Vaccination North-Western Provinces and Oudh 1878-1895 - 1878-1895
Year: 1878
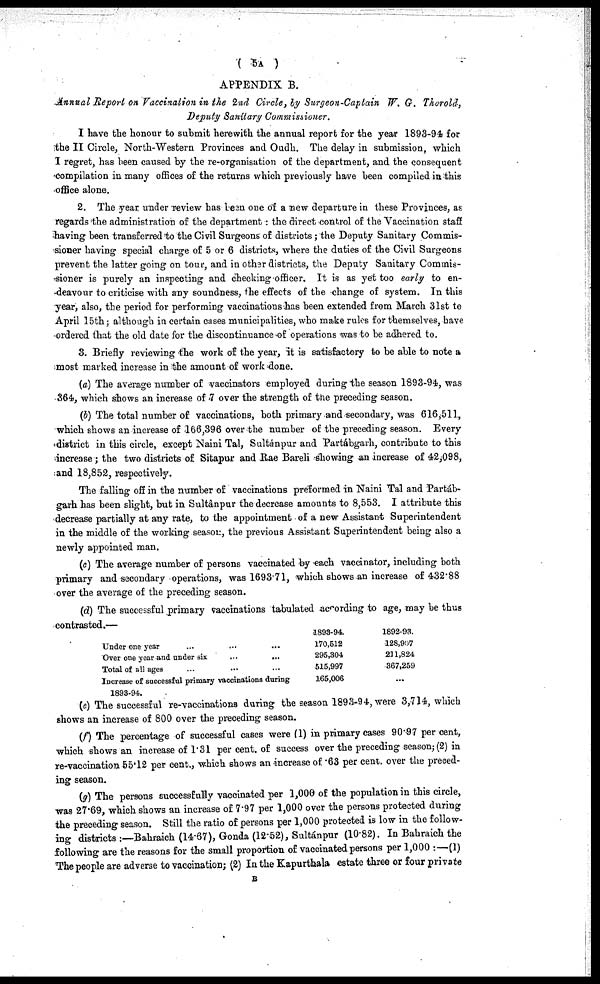
( 5A )
APPENDIX B.
Annual Report on Vaccination in the 2nd Circle, by Surgeon-Captain W. G. Thorold,
Deputy Sanitary Commissioner.
I have the honour to submit herewith the annual report for the year 1893-94 for
the II Circle, North-Western Provinces and Oudh. The delay in submission, which
I regret, has been caused by the re-organisation of the department, and the consequent
compilation in many offices of the returns which previously have been compiled in this
office alone.
2. The year under review has been one of a new departure in these Provinces, as
regards the administration of the department : the direct control of the Vaccination staff
having been transferred to the Civil Surgeons of districts; the Deputy Sanitary Commis-
sioner having special charge of 5 or 6 districts, where the duties of the Civil Surgeons
prevent the latter going on tour., and in other districts, the Deputy Sanitary Commis-
sioner is purely an inspecting and checking officer. It is as yet too early to en-
deavour to criticise with any soundness, the effects of the change of system. In this
year, also, the period for performing vaccinations has been extended from March 31st to
April 15th; although in certain cases municipalities, who make rules for themselves, have
ordered that the old date for the discontinuance of operations was to be adhered to.
3. Briefly reviewing the work of the year, it is satisfactory to be able to note a
most marked increase in the amount of work done.
(a) The average number of vaccinators employed during the season 1893-94, was
364, which shows an increase of 7 over the strength of the preceding season.
(b) The total number of vaccinations, both primary and secondary, was 616,511,
which shows an increase of 166,396 over the number of the preceding season. Every
district in this circle, except Naini Tal, Sultánpur and Partábgarh, contribute to this
increase; the two districts of Sitapur and Rae Bareli showing an increase of 42,098,
and 18,852, respectively.
The falling off in the number of vaccinations preformed in Naini Tal and Partáb-
garh has been slight, but in Sultânpur the decrease amounts to 8,553. I attribute this
decrease partially at any rate, to the appointment of a new Assistant Superintendent
in the middle of the working season, the previous Assistant Superintendent being also a
newly appointed man.
(c) The average number of persons vaccinated by each vaccinator, including both
primary and secondary operations, was 1693.71, which shows an increase of 432.88
over the average of the preceding season.
(d) The successful primary vaccinations tabulated according to age, may be thus
contrasted.—
Under one year
...
...
Over one year and under six
...
...
Total of all ages
Increase of successful primary vaccinations during
1893-94.
1893-94.
170,512
295,304
515,997
165,006
1892-93.
128,907
211,824
367,259
...
(e) The successful re-vaccinations during the season 1893-94, were 3,714, which
shows an increase of 800 over the preceding season.
(f) The percentage of successful cases were (1) in primary cases 90.97 per cent,
which shows an increase of 1.31 per cent. of success over the preceding season; (2) in
re-vaccination 55.12 per cent., which shows an increase of. .63 per cent. over the preced-
ing season.
(g) The persons successfully vaccinated per 1,000 of the population in this circle,
was 27.69, which shows an increase of 7.97 per 1,000 over the persons protected during
the preceding season. Still the ratio of persons per 1,000 protected is low in the follow-
ing districts :—Bahraich (14.67), Gonda (12.52), Sultánpur (10.82). In Bahraich the
following are the reasons for the small proportion of vaccinated persons per 1,000 :—(1)
The people are adverse to vaccination; (2) In the Kapurthala estate three or four private
B